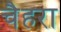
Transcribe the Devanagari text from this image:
चैहरा